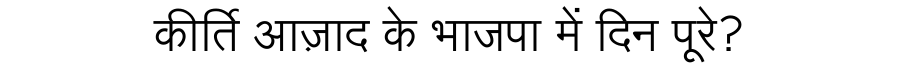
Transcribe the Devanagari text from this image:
कीर्ति आज़ाद के भाजपा में दिन पूरे?